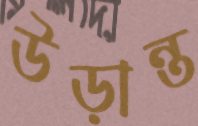
উড়ান্ত